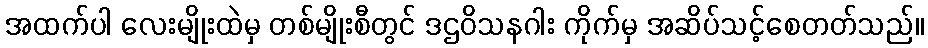
အထက်ပါ လေးမျိုးထဲမှ တစ်မျိုးစီတွင် ဒဌဝိသနဂါး ကိုက်မှ အဆိပ်သင့်စေတတ်သည်။